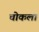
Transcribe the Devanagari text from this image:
चोकला